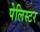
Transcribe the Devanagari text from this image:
पेलिस्टर